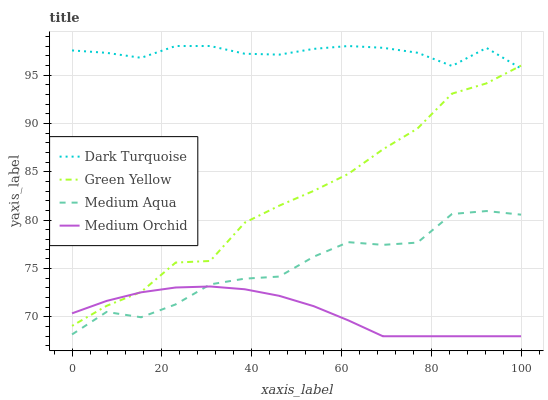
| xaxis_label | Dark Turquoise | Green Yellow | Medium Aqua | Medium Orchid |
 | --- | --- | --- | --- | --- |
 | 0 | 97.5 | 69.1 | 68.2 | 70.4 |
 | 7.69 | 97.3 | 71.1 | 70.5 | 71.7 |
 | 15.4 | 96.8 | 72.6 | 70 | 72.5 |
 | 23.1 | 98 | 75.6 | 71.3 | 73 |
 | 30.8 | 98 | 75.8 | 73.4 | 73.1 |
 | 38.5 | 97.2 | 79.7 | 74 | 72.9 |
 | 46.2 | 97.1 | 81.5 | 74.2 | 72.2 |
 | 53.8 | 97.7 | 83 | 76.2 | 71.1 |
 | 61.5 | 98 | 84.8 | 77.7 | 69.6 |
 | 69.2 | 97.8 | 87.3 | 77.4 | 68 |
 | 76.9 | 97.3 | 89.5 | 77.7 | 68 |
 | 84.6 | 95.9 | 93.1 | 80.6 | 68 |
 | 92.3 | 97.8 | 94.1 | 80.9 | 68 |
 | 100 | 95.7 | 96 | 80.6 | 68 |